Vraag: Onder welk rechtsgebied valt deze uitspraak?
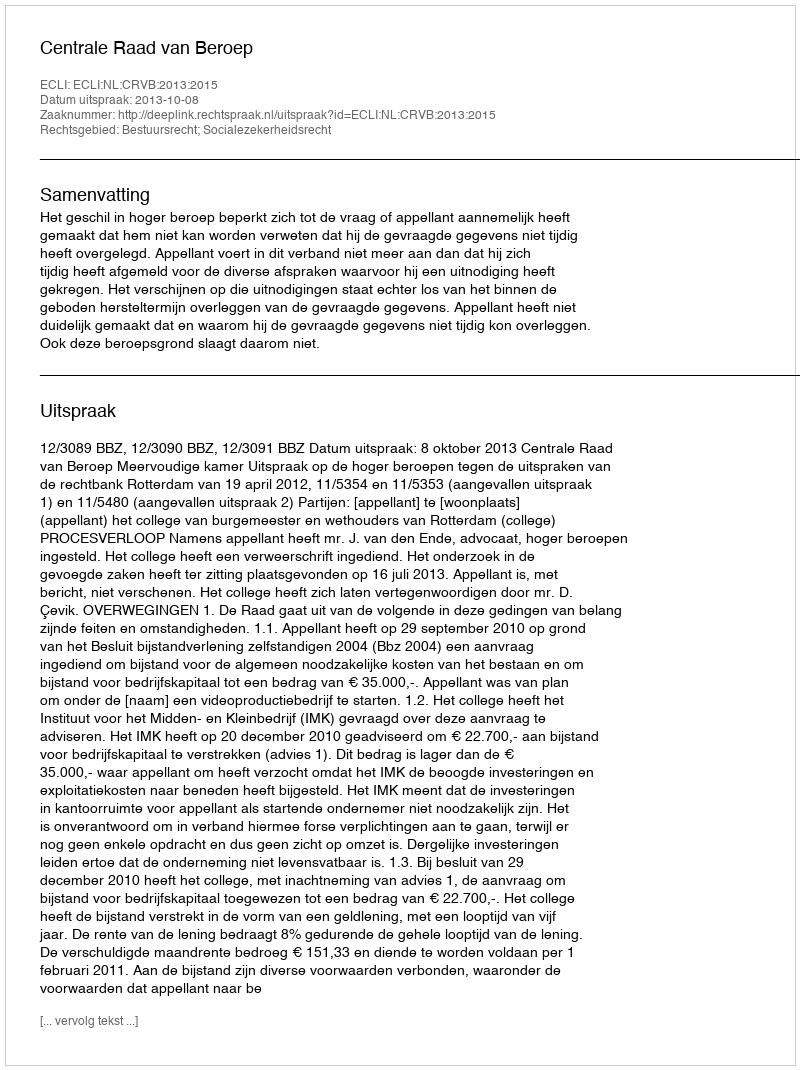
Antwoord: Bestuursrecht; Socialezekerheidsrecht